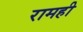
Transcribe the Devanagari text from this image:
रामही